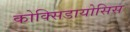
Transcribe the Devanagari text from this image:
कोक्सिडायोसिस